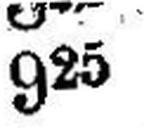
925